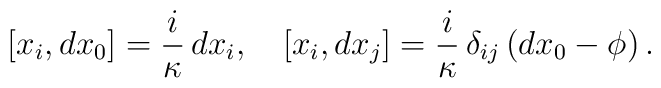
[x_i, dx_0] = \frac i\kappa\, dx_i, \quad [x_i, dx_j] = \frac i\kappa\,\delta_{ij} \left( dx_0 - \phi\right).